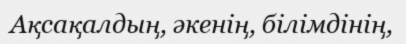
Ақсақалдың, әкенің, білімдінің,